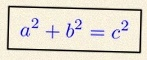
a^2+b^2=c^2